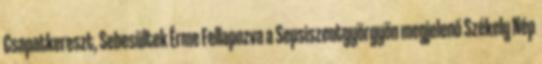
Csapatkereszt, Sebesültek Érme Fellapozva a Sepsiszentgyörgyön megjelenő Székely Nép